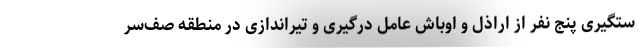
ستگیری پنج نفر از اراذل و اوباش عامل درگیری و تیراندازی در منطقه صف‌سر